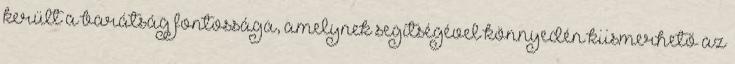
került a barátság fontossága, amelynek segítségével könnyedén kiismerhető az